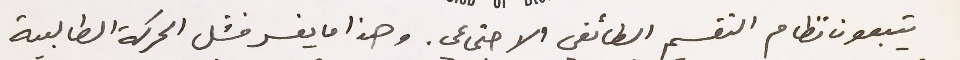
يتبعون نظام التقسيم الطائفي الاجتماعي. وهذا ما يفسر فشل الحركة الطالبية